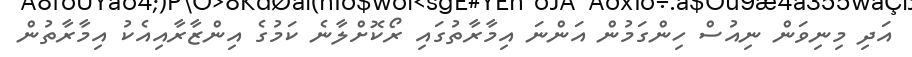
އަދި މިނިވަން ނިއުސް ހިންގަމުން އަންނަ އިމާރާތުގައި ރޯކޮށްލާނެ ކަމުގެ އިންޒާރާއިއެކު އިމާރާތުން